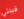
قبلتي